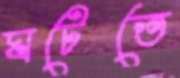
ঘটেতে